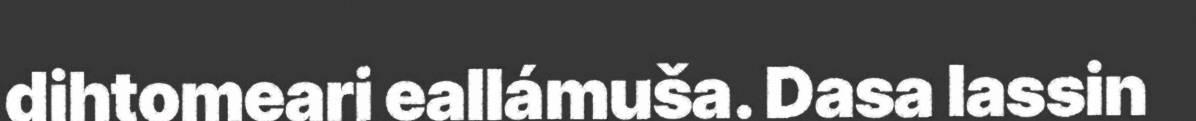
dihtomeari eallámuša. Dasa lassin